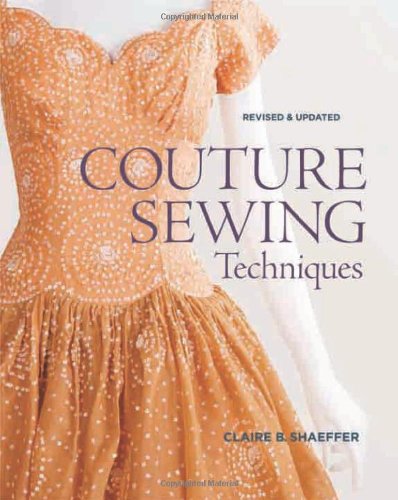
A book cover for Couture Sewing Techniques, Revised and Updated; Claire B. Shaeffer; Crafts, Hobbies & Home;